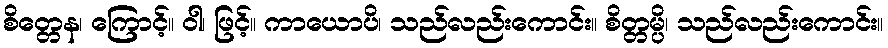
စိတ္တေန၊ ကြောင့်။ ဝါ၊ ဖြင့်။ ကာယောပိ၊ သည်လည်းကောင်း။ စိတ္တမ္ပိ၊ သည်လည်းကောင်း။